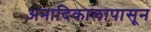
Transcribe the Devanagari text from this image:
अनादिकालापासून